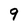
Character: 9